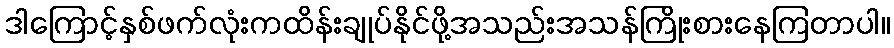
ဒါကြောင့်နှစ်ဖက်လုံးကထိန်းချုပ်နိုင်ဖို့အသည်းအသန်ကြိုးစားနေကြတာပါ။